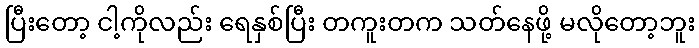
ပြီးတော့ ငါ့ကိုလည်း ရေနှစ်ပြီး တကူးတက သတ်နေဖို့ မလိုတော့ဘူး